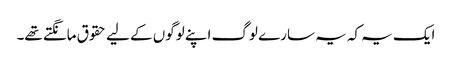
ایک یہ کہ یہ سارے لوگ اپنے لوگوں کے لیے حقوق مانگتے تھے۔